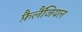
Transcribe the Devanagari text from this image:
फ़ैलैंजियल